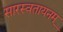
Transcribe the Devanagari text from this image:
सारस्वतायनम्